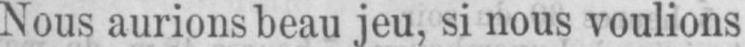
Nous aurions beau jeu, si nous voulions